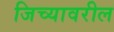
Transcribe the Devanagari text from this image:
जिच्यावरील